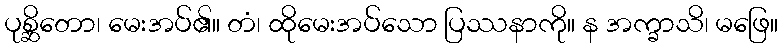
ပုစ္ဆိတော၊ မေးအပ်၏။ တံ၊ ထိုမေးအပ်သော ပြဿနာကို။ န အက္ခာသိ၊ မဖြေ။